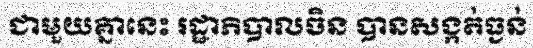
ជាមួយគ្នានេះ រដ្ឋាភិបាលចិន បានសង្កត់ធ្ងន់